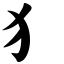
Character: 犭